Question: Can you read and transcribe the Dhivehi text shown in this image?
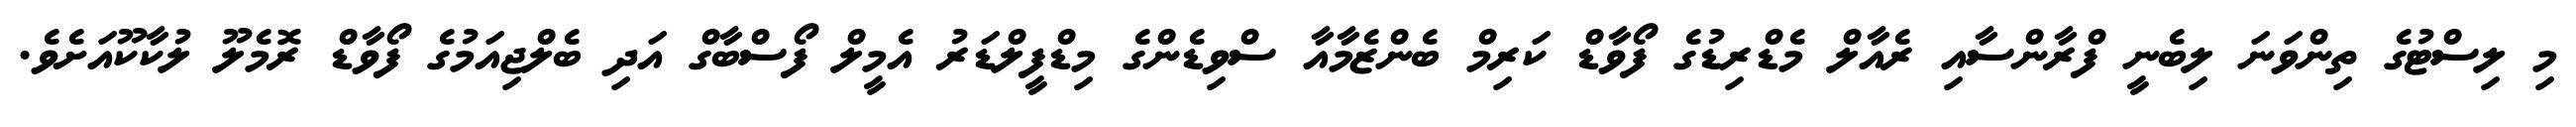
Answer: މި ލިސްޓުގެ ތިންވަނަ ލިބެނީ ފްރާންސާއި ރެއާލް މެޑްރިޑުގެ ފޯވާޑް ކަރިމް ބެންޒެމާއާ ސްވިޑެންގެ މިޑްފީލްޑަރު އެމީލް ފޯސްބާގް އަދި ބެލްޖިއަމުގެ ފޯވާޑް ރޮމެލޫ ލުކާކޫއަށެވެ.